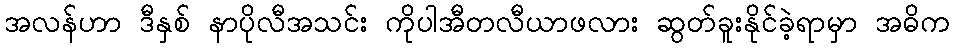
အလန်ဟာ ဒီနှစ် နာပိုလီအသင်း ကိုပါအီတလီယာဖလား ဆွတ်ခူးနိုင်ခဲ့ရာမှာ အဓိက